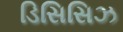
ડિસિસિઝ